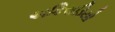
અકિસડિયો